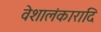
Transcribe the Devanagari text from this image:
वेशालंकारादि